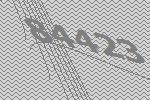
84423